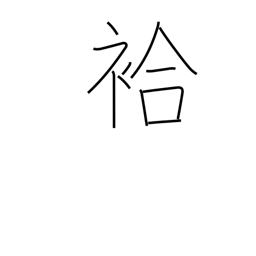
Meaning: lined (kimono)